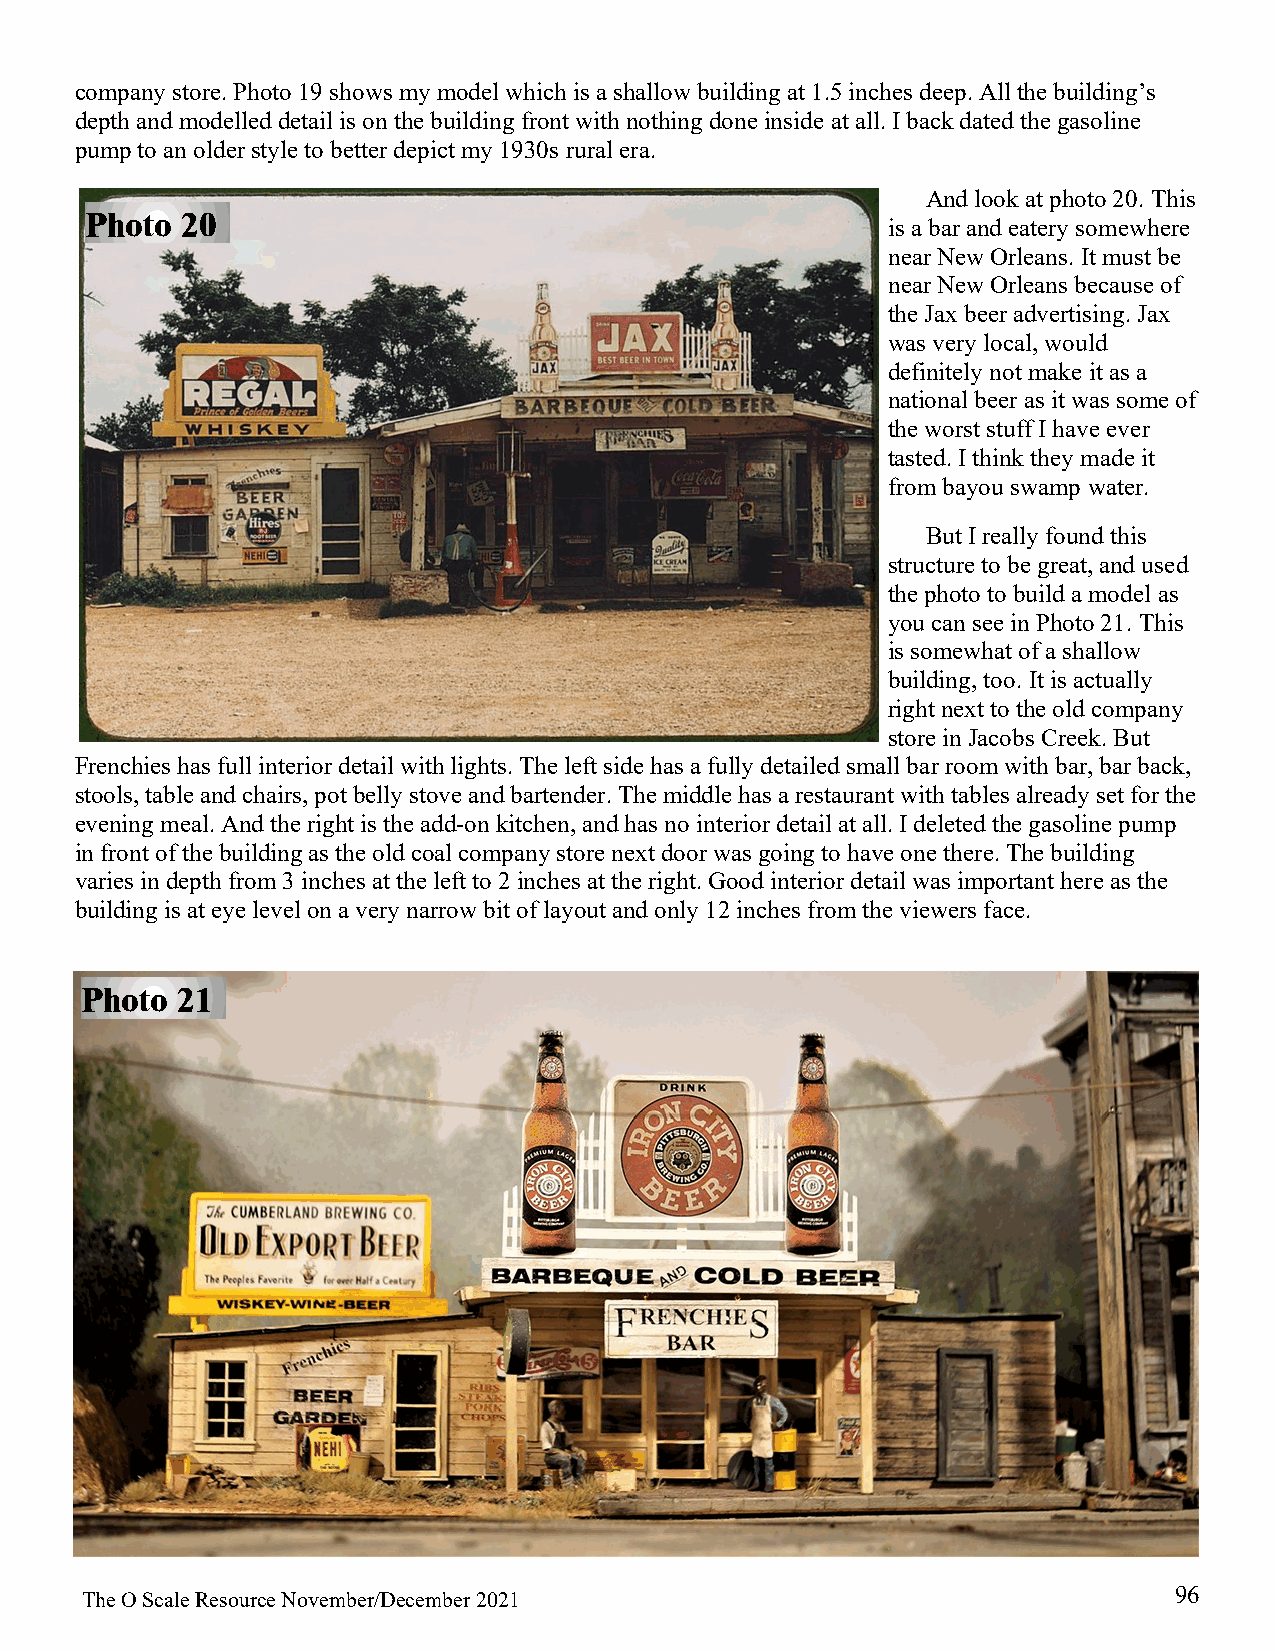
company store. Photo 19 shows my model which is a shallow building at 1.5 inches deep. All the building’s
 depth and modelled detail is on the building front with nothing done inside at all. I back dated the gasoline
 pump to an older style to better depict my 1930s rural era.
 And look at photo 20. This
 Photo 20
 is a bar and eatery somewhere
 near New Orleans. It must be
 near New Orleans because of
 the Jax beer advertising. Jax
 was very local, would
 definitely not make it as a
 national beer as it was some of
 the worst stuff I have ever
 tasted. I think they made it
 from bayou swamp water.
 But I really found this
 structure to be great, and used
 the photo to build a model as
 you can see in Photo 21. This
 is somewhat of a shallow
 building, too. It is actually
 right next to the old company
 store in Jacobs Creek. But
 Frenchies has full interior detail with lights. The left side has a fully detailed small bar room with bar, bar back,
 stools, table and chairs, pot belly stove and bartender. The middle has a restaurant with tables already set for the
 evening meal. And the right is the add-on kitchen, and has no interior detail at all. I deleted the gasoline pump
 in front of the building as the old coal company store next door was going to have one there. The building
 varies in depth from 3 inches at the left to 2 inches at the right. Good interior detail was important here as the
 building is at eye level on a very narrow bit of layout and only 12 inches from the viewers face.
 Photo  21
 96
 The O Scale Resource November/December 2021